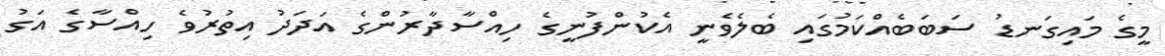
މީގެ މައިގަނޑު ސަބަބެއްކަމުގައި ބެލެވެނީ އެކުންފުނީގެ ހިއްސާދާރުންގެ އަދަދު އިތުރުވެ ހިއްސާގެ އަގު